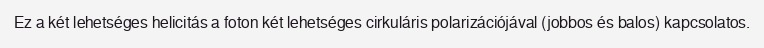
Ez a két lehetséges helicitás a foton két lehetséges cirkuláris polarizációjával (jobbos és balos) kapcsolatos.